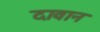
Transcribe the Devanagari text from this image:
दावान